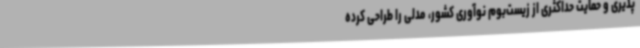
‌پذیری و حمایت حداکثری از زیست‌بوم نوآوری کشور، مدلی را طراحی کرده